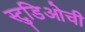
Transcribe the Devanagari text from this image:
स्टुडिओची